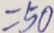
= 5 0